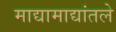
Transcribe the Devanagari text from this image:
माद्यामाद्यांतले